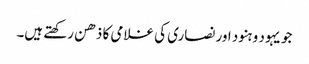
جو یہود و ہنود اور نصاری کی غلامی کا ذھن رکھتے ہیں۔